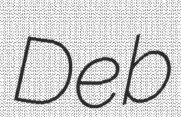
Deb